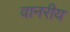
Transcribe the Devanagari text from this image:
वानरीय